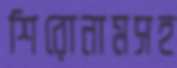
শিরোনামসহ